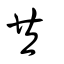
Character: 共